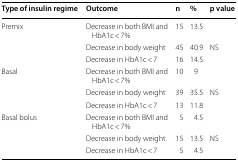
<table><thead><tr><td><b>Type of insulin regime</b></td><td><b>Outcome</b></td><td><b>n</b></td><td><b>%</b></td><td><b>p value</b></td></tr></thead><tbody><tr><td rowspan="3">Premix</td><td>Decrease in both BMI and HbA1c &lt; 7%</td><td>15</td><td>13.5</td><td></td></tr><tr><td>Decrease in body weight</td><td>45</td><td>40.9</td><td>NS</td></tr><tr><td>Decrease in HbA1c &lt; 7</td><td>16</td><td>14.5</td><td></td></tr><tr><td rowspan="3">Basal</td><td>Decrease in both BMI and HbA1c &lt; 7%</td><td>10</td><td>9</td><td></td></tr><tr><td>Decrease in body weight</td><td>39</td><td>35.5</td><td>NS</td></tr><tr><td>Decrease in HbA1c &lt; 7</td><td>13</td><td>11.8</td><td></td></tr><tr><td rowspan="3">Basal bolus</td><td>Decrease in both BMI and HbA1c &lt; 7%</td><td>5</td><td>4.5</td><td></td></tr><tr><td>Decrease in body weight</td><td>15</td><td>13.5</td><td>NS</td></tr><tr><td>Decrease in HbA1c &lt; 7</td><td>5</td><td>4.5</td><td></td></tr></tbody></table>